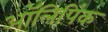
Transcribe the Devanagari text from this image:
ऑलिपिंक